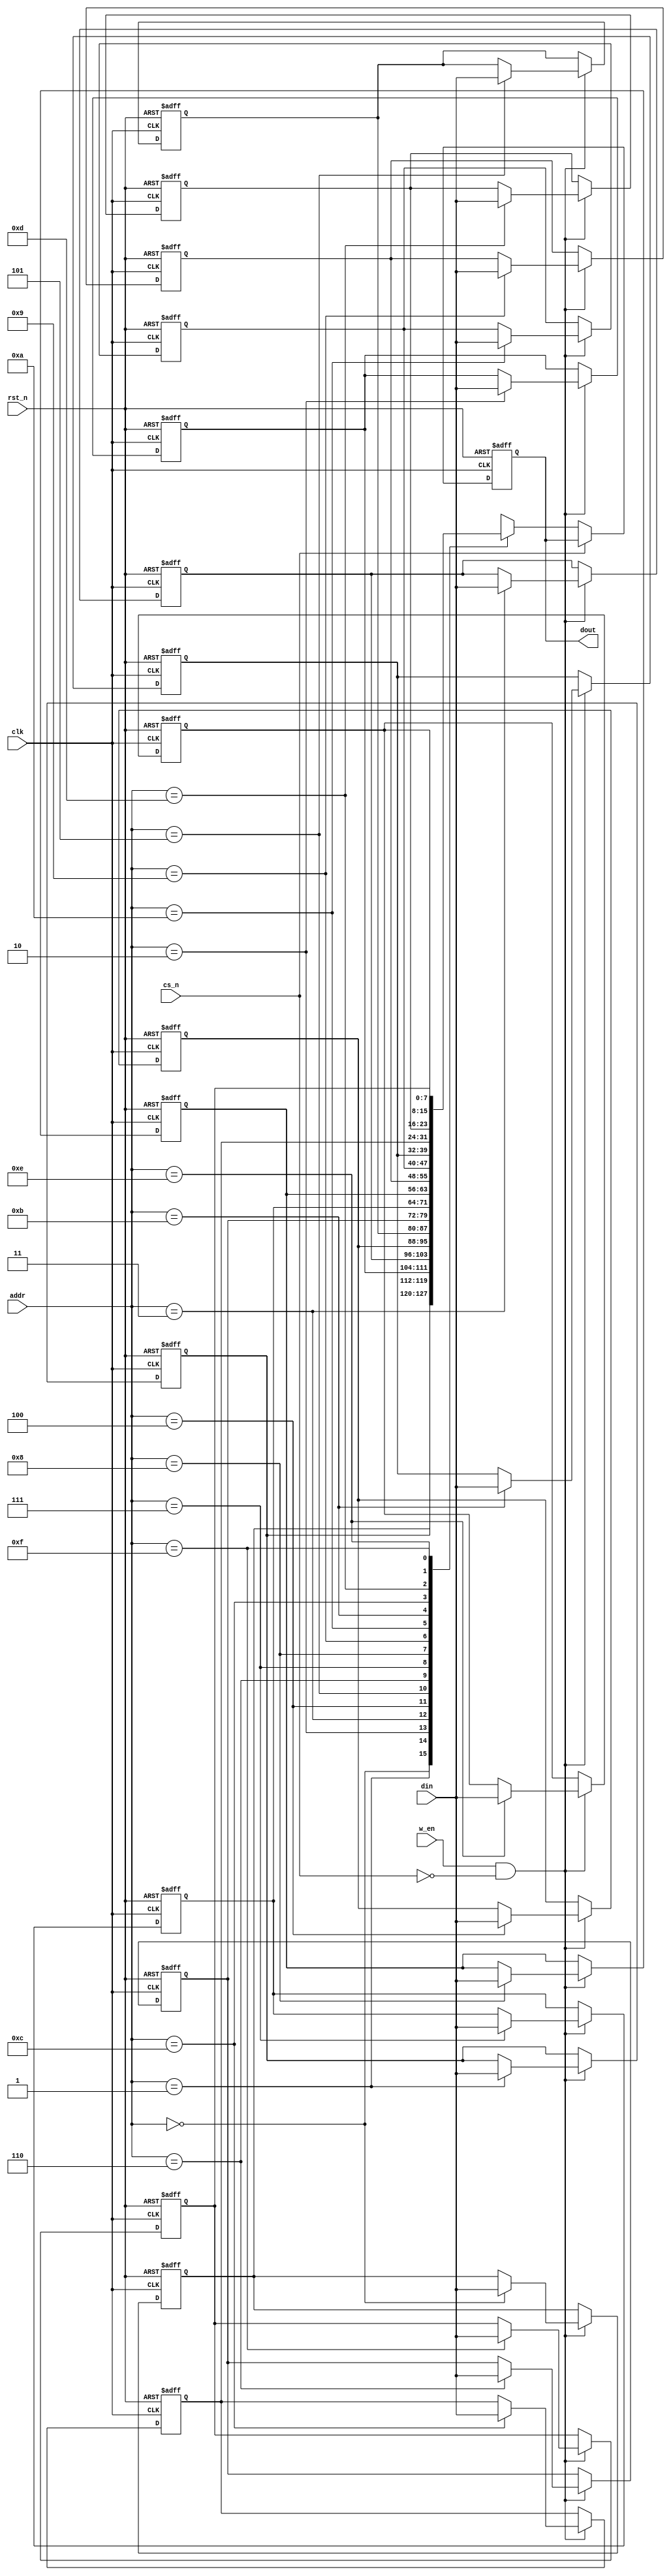
/*
 * @Author: WenJiaBao-2022E8020282071
 * @Date: 2022-11-13 17:21:17
 * @LastEditTime: 2022-11-13 17:21:19
 * @Description: 
 * 
 * Copyright (c) 2022 by WenJiaBao wenjiabao0919@163.com, All Rights Reserved. 
 */

module sram #(
    parameter ADDR_DEPTH = 4,
    parameter DATA_WIDTH = 8,
    parameter DATA_DEPTH = 16
)(
    input clk,
    input rst_n,
    input cs_n,
    input w_en,
    input [ADDR_DEPTH-1:0] addr,
    input [DATA_WIDTH-1:0] din,
    output reg [DATA_WIDTH-1:0] dout
);
    
    reg [DATA_WIDTH-1:0] mem [DATA_DEPTH-1:0];
    integer i;

    always @(posedge clk or negedge rst_n) begin
        if (rst_n == 1'b0) begin
            for (i = 0; i < DATA_DEPTH; i=i+1) begin
                mem[i] <= (1'b0 << (DATA_WIDTH-1));
            end
        end
        else if (w_en == 1'b1 && cs_n == 1'b0) begin
            mem[addr] <= din;
        end
    end

    always @(posedge clk or negedge rst_n) begin
        if (rst_n == 1'b0) begin
            dout <= (1'b0 << (DATA_WIDTH-1));
        end
        else if (cs_n == 1'b0) begin
            dout <= mem[addr];
        end
    end

endmodule